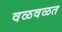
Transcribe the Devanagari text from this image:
वळवळत